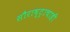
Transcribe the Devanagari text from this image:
सौराष्ट्राचाही